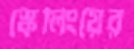
স্কেলিংয়ের